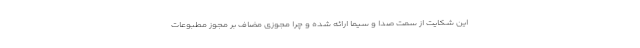
این شکایت از سمت صدا و سیما ارائه شده و چرا مجوزی مضاف بر مجوز مطبوعات